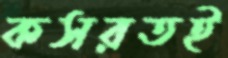
কসরতই